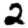
Digit: 2